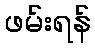
ဖမ်းရန်